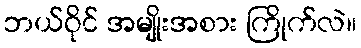
ဘယ်ဝိုင် အမျိုးအစား ကြိုက်လဲ။